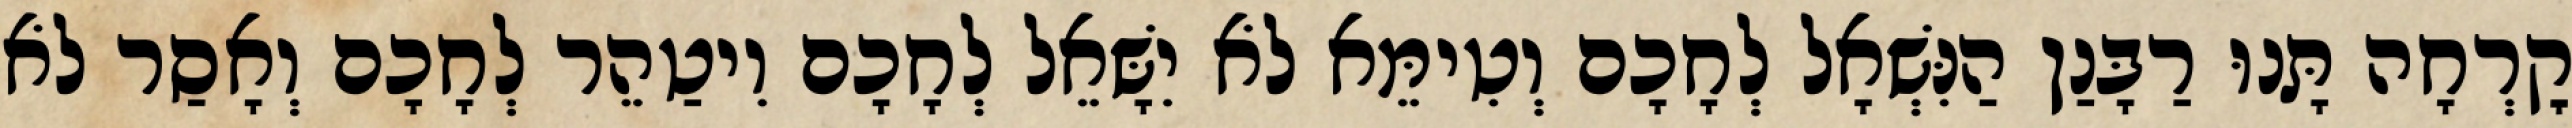
קׇרְחָה תָּנוּ רַבָּנַן הַנִּשְׁאָל לְחָכָם וְטִימֵּא לֹא יִשָּׁאֵל לְחָכָם וִיטַהֵר לְחָכָם וְאָסַר לֹא